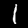
Digit: 1